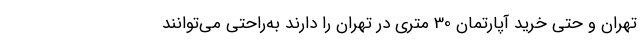
تهران و حتی خرید آپارتمان 30 متری در تهران را دارند به‌راحتی می‌توانند